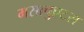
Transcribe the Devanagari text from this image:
मसाचुएटस